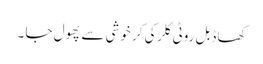
کھا ڈبل روٹی کلرکی کر خوشی سے پھول جا ۔